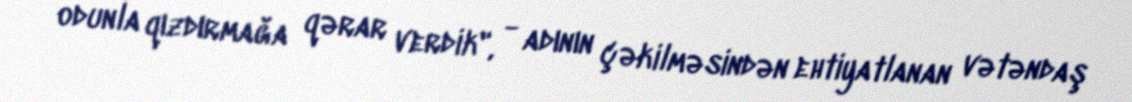
odunla qızdırmağa qərar verdik", - adının çəkilməsindən ehtiyatlanan vətəndaş